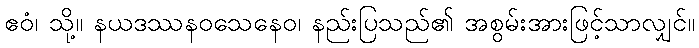
ဧဝံ၊ သို့။ နယဒဿနဝသေနေဝ၊ နည်းပြသည်၏ အစွမ်းအားဖြင့်သာလျှင်။